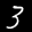
Label: 3